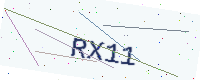
Text: RX11